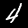
Label: 4